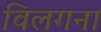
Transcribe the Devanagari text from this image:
विलगना